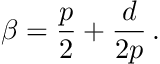
\beta = { \frac { p } { 2 } } + { \frac { d } { 2 p } } \, .